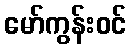
မော်ကွန်းဝင်